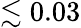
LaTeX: \lesssim 0.03